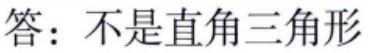
答：不是直角三角形